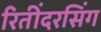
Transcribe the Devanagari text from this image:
रितींदरसिंग